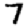
Digit: 7